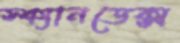
স্ক্যানডেক্স